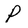
Character: P